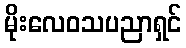
မိုးလေဝသပညာရှင်